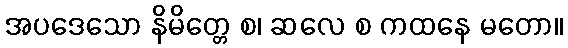
အပဒေသော နိမိတ္တေ စ၊ ဆလေ စ ကထနေ မတော။